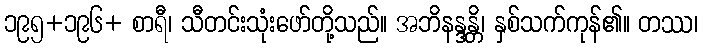
၁၉၅+၁၉၆+ စာရီ၊ သီတင်းသုံးဖော်တို့သည်။ အဘိနန္ဒန္တိ၊ နှစ်သက်ကုန်၏။ တဿ၊